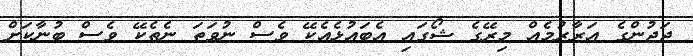
ޖަޖުންގެ އަރާރުމެއް މިރޭގެ ޝޯގައި އެބައުޅެއެކޭ ވެސް ނުވަތަ ނެތެކޭ ވެސް ބުނާކަށް